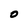
Character: 0